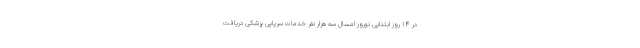
در ۱۴ روز ابتدایی نوروز امسال سه هزار نفر خدمات سرپایی پزشکی دریافت